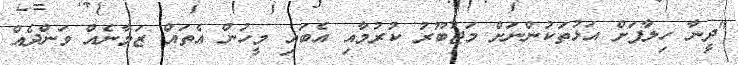
"ދީނާ ހިލާފަށް އަޅުތަކުންނަށް މަޖުބޫރު ކުރުމާއި އެބައި މީހުން އެތައް ޒަމާނެއް ވަންދެއް